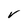
Character: V